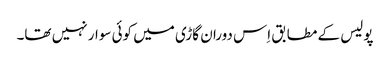
پولیس کے مطابق اِس دوران گاڑی میں کوئی سوار نہیں تھا۔